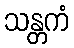
သန္တကံ